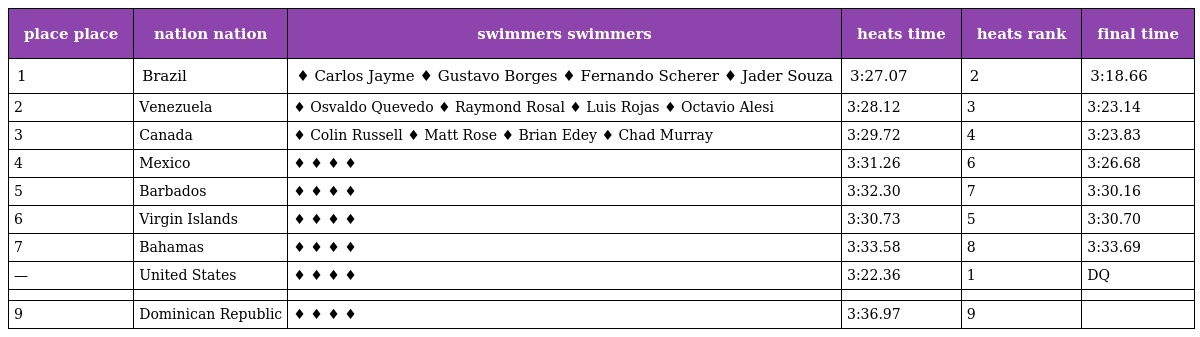
| place place | nation nation | swimmers swimmers | heats time | heats rank | final time |
 | --- | --- | --- | --- | --- | --- |
 | 1 | Brazil | ♦ Carlos Jayme ♦ Gustavo Borges ♦ Fernando Scherer ♦ Jader Souza | 3:27.07 | 2 | 3:18.66 |
 | 2 | Venezuela | ♦ Osvaldo Quevedo ♦ Raymond Rosal ♦ Luis Rojas ♦ Octavio Alesi | 3:28.12 | 3 | 3:23.14 |
 | 3 | Canada | ♦ Colin Russell ♦ Matt Rose ♦ Brian Edey ♦ Chad Murray | 3:29.72 | 4 | 3:23.83 |
 | 4 | Mexico | ♦ ♦ ♦ ♦ | 3:31.26 | 6 | 3:26.68 |
 | 5 | Barbados | ♦ ♦ ♦ ♦ | 3:32.30 | 7 | 3:30.16 |
 | 6 | Virgin Islands | ♦ ♦ ♦ ♦ | 3:30.73 | 5 | 3:30.70 |
 | 7 | Bahamas | ♦ ♦ ♦ ♦ | 3:33.58 | 8 | 3:33.69 |
 | — | United States | ♦ ♦ ♦ ♦ | 3:22.36 | 1 | DQ |
 |  |  |  |  |  |  |
 | 9 | Dominican Republic | ♦ ♦ ♦ ♦ | 3:36.97 | 9 |  |